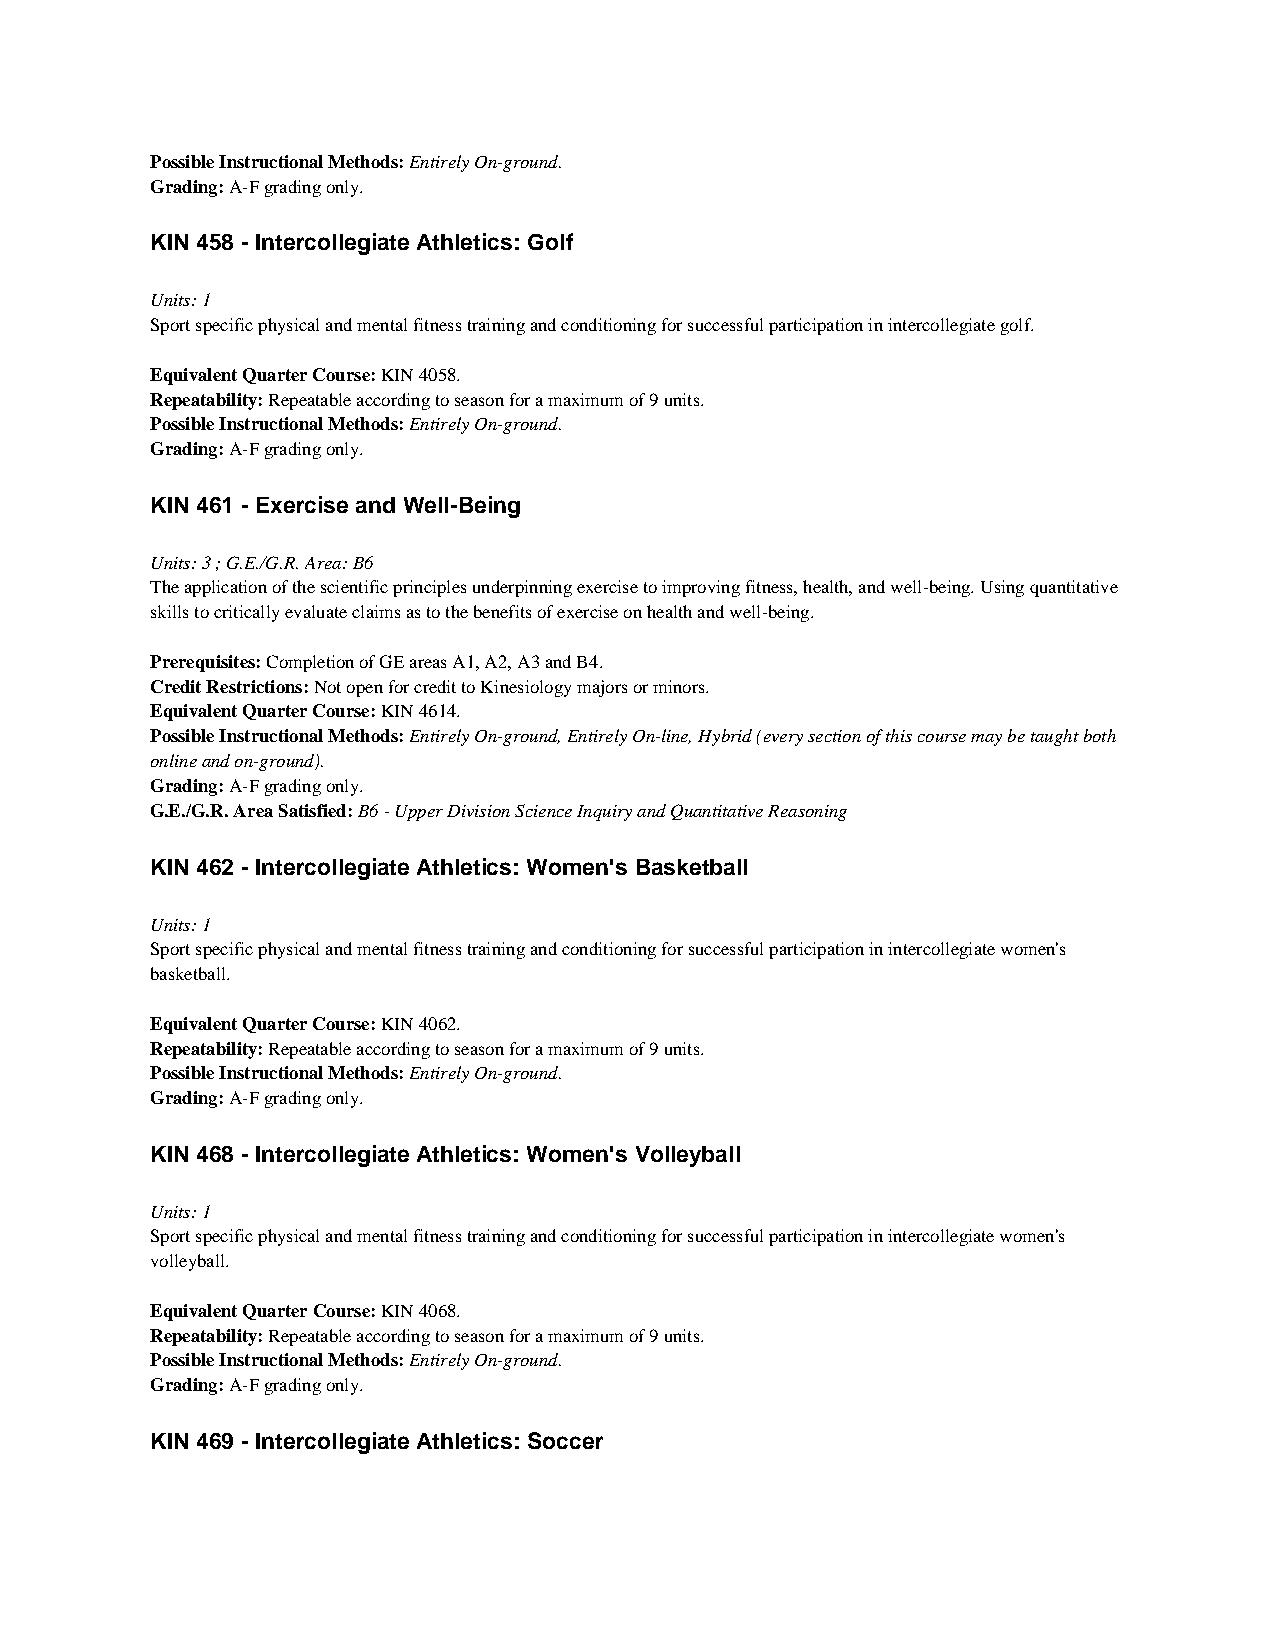
Possible Instructional Methods: Entirely On-ground.
 Grading: A-F grading only.
 KIN 458 - Intercollegiate Athletics: Golf
 Units: 1
 Sport specific physical and mental fitness training and conditioning for successful participation in intercollegiate golf.
 Equivalent Quarter Course: KIN 4058.
 Repeatability: Repeatable according to season for a maximum of 9 units.
 Possible Instructional Methods: Entirely On-ground.
 Grading: A-F grading only.
 KIN 461 - Exercise and Well-Being
 Units: 3 ; G.E./G.R. Area: B6
 The application of the scientific principles underpinning exercise to improving fitness, health, and well-being. Using quantitative
 skills to critically evaluate claims as to the benefits of exercise on health and well-being.
 Prerequisites: Completion of GE areas A1, A2, A3 and B4.
 Credit Restrictions: Not open for credit to Kinesiology majors or minors.
 Equivalent Quarter Course: KIN 4614.
 Possible Instructional Methods: Entirely On-ground, Entirely On-line, Hybrid (every section of this course may be taught both
 online and on-ground).
 Grading: A-F grading only.
 G.E./G.R. Area Satisfied: B6 - Upper Division Science Inquiry and Quantitative Reasoning
 KIN 462 - Intercollegiate Athletics: Women's Basketball
 Units: 1
 Sport specific physical and mental fitness training and conditioning for successful participation in intercollegiate women's
 basketball.
 Equivalent Quarter Course: KIN 4062.
 Repeatability: Repeatable according to season for a maximum of 9 units.
 Possible Instructional Methods: Entirely On-ground.
 Grading: A-F grading only.
 KIN 468 - Intercollegiate Athletics: Women's Volleyball
 Units: 1
 Sport specific physical and mental fitness training and conditioning for successful participation in intercollegiate women's
 volleyball.
 Equivalent Quarter Course: KIN 4068.
 Repeatability: Repeatable according to season for a maximum of 9 units.
 Possible Instructional Methods: Entirely On-ground.
 Grading: A-F grading only.
 KIN 469 - Intercollegiate Athletics: Soccer